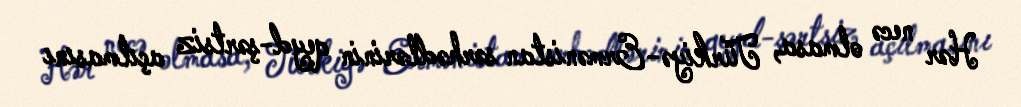
Hər necə olmasa, Türkiyə-Ermənistan sərhədlərinin qeyd-şərtsiz açılmasını